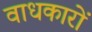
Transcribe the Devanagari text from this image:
वाधकारों